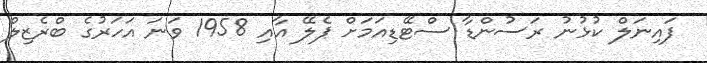
ފައިނަލް ކުޅުނު ރަސުންޑާ ސްޓޭޑިއަމަށް ޕެލޭ އާއި 1958 ވަނަ އަހަރުގެ ބްރެޒިލް